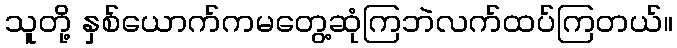
သူတို့ နှစ်ယောက်ကမတွေ့ဆုံကြဘဲလက်ထပ်ကြတယ်။